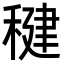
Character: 𫁀